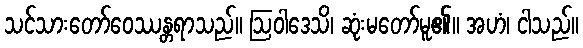
သင်သားတော်ဝေဿန္တရာသည်။ ဩဝါဒေသိ၊ ဆုံးမတော်မူ၏။ အဟံ၊ ငါသည်။